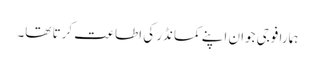
ہمارا فوجی جوان اپنے کمانڈر کی اطاعت کرتا تھا۔